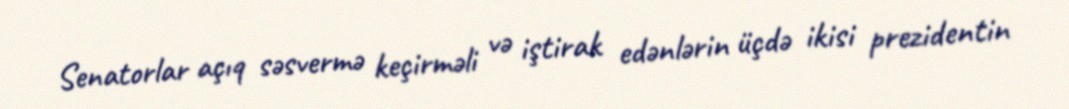
Senatorlar açıq səsvermə keçirməli və iştirak edənlərin üçdə ikisi prezidentin